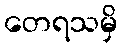
တေရသမှိ